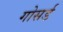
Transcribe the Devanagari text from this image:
गोसर्ड